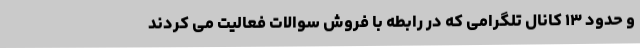
و حدود ۱۳ کانال تلگرامی که در رابطه با فروش سوالات فعالیت می کردند